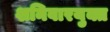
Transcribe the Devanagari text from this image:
शनिवारयुक्त